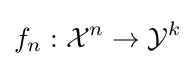
f_{n}:{\mathcal {X}}^{n}\rightarrow {\mathcal {Y}}^{k}